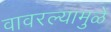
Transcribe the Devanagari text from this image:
वावरल्यामुळे